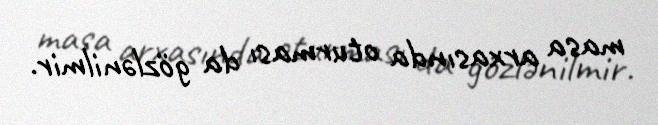
masa arxasında oturması da gözlənilmir.